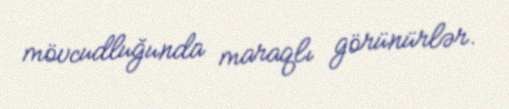
mövcudluğunda maraqlı görünürlər.